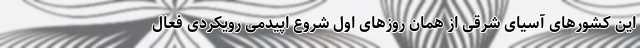
این کشورهای آسیای شرقی از همان روزهای اول شروع اپیدمی رویکردی فعال